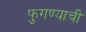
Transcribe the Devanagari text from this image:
फुगण्याची